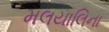
મલયાલિના